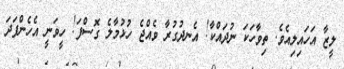
ލީޒާ އަހައިލިއެވެ. ތިވާހަކަ ނުދައްކާ! އެނދުގުރާ ވެއްޖެ ހުޅުމާލެ ގޮސްފަ! ހީވަނީ އެހެންފަަދަ